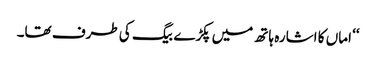
‘‘ اماں کا اشارہ ہاتھ میں پکڑے بیگ کی طرف تھا۔